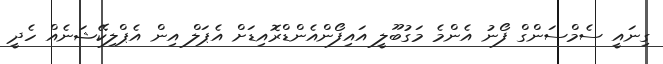
ގިނައީ ސެމްސަންގް ފޯނު އެންމެ މަގުބޫލީ އައިފޯންއެންޑްރޮއިޑަށް އެޕަލް އިން އެޕްލިކޭޝަނެއް ހެދީ